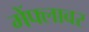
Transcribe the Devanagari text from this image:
मेंफ्लावर